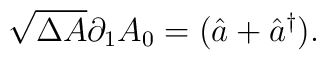
\sqrt{\Delta A}\partial_1A_0 =(\hat a+\hat a^{\dag}).